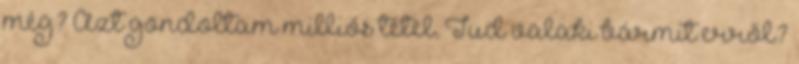
még? Azt gondoltam milliós tétel. Tud valaki bármit erről?